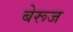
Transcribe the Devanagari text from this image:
बेरूज